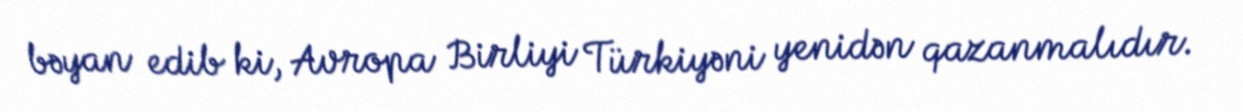
bəyan edib ki, Avropa Birliyi Türkiyəni yenidən qazanmalıdır.